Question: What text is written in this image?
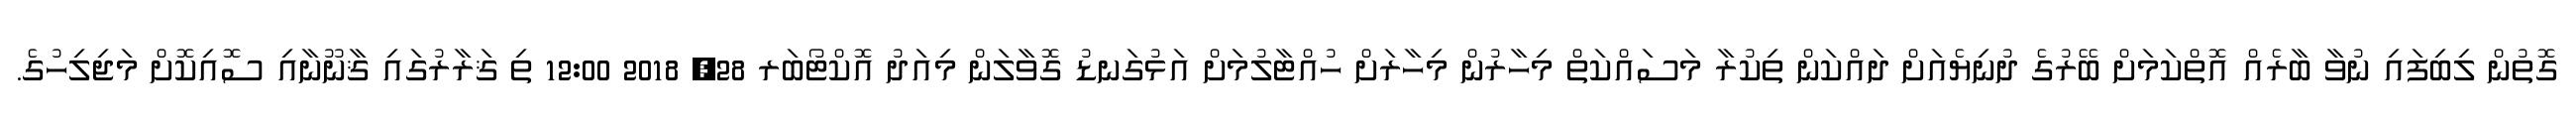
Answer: ގޮތުން ލިބިފައި ނުވާ ބާރެއް އޮތްކަމަށް ބޭރުގެ ދުނިޔެއަށް ދައްކަން ތިކުރާ މަސައްކަތް މިހާރުން މިހާރަށް ހުއްޓާލުމަށް އަޅުގަނޑު ގޮވާލަން މިއަދު އޮކްޓޯބަރ 28, 2018 12:00 ތި ޤަރާރުގައި ޤާނޫނާއި ސޮއިކޮށް މަޖިލިހުގެ.